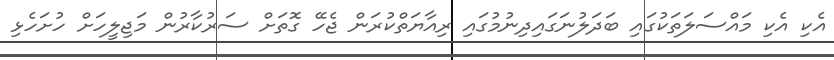
އެކި އެކި މައްސަލަތަކުގައި ބަދަލުނަގައިދިނުމުގައި ރިއާޔަތްކުރަން ޖެހޭ ގޮތަށް ސަރުކާރުން މަޖިލީހަށް ހުށަހެޅި